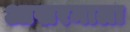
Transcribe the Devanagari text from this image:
आखरमाला